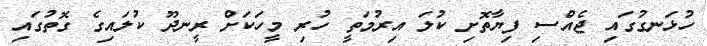
ހުޅަނގުގައި ޖެއްސި ފިޔާތޮށި ކުލަ އިރުމަތީ ހުރި މީހަކަށް ރީނދޫ ކުލައިގެ ގޮތުގައި